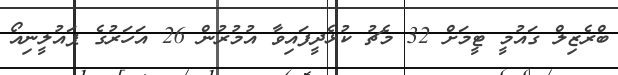
ބްރެޒިލް ގައުމީ ޓީމަށް 32 މެޗު ކުޅެދީފައިވާ އުމުރުން 26 އަހަރުގެ ޕައުލީނިއޯ